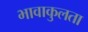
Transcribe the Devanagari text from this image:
भावाकुलता